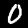
Label: 0